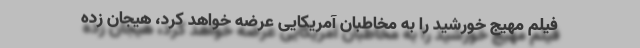
فیلم مهیج خورشید را به مخاطبان آمریکایی عرضه خواهد کرد، هیجان زده